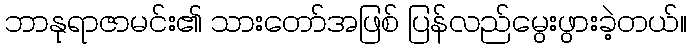
ဘာနုရာဇာမင်း၏ သားတော်အဖြစ် ပြန်လည်မွေးဖွားခဲ့တယ်။